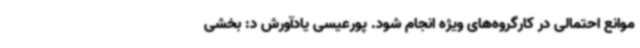
موانع احتمالی در کارگروه‌های ویژه انجام شود. پورعیسی یادآورش د: بخشی